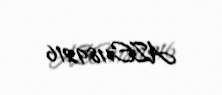
AZE1189216